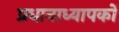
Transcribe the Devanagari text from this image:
प्रधानाध्यापकों